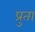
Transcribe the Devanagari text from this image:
प्रुता